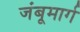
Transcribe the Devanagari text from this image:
जंबूमार्ग